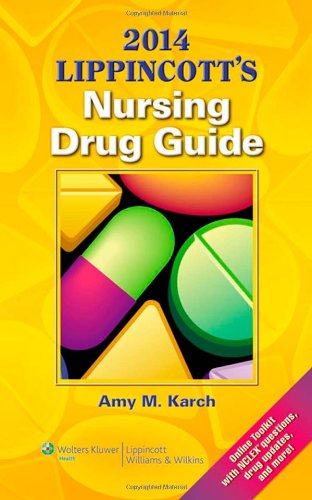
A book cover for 2014 Lippincott's Nursing Drug Guide; Amy M. Karch; Medical Books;